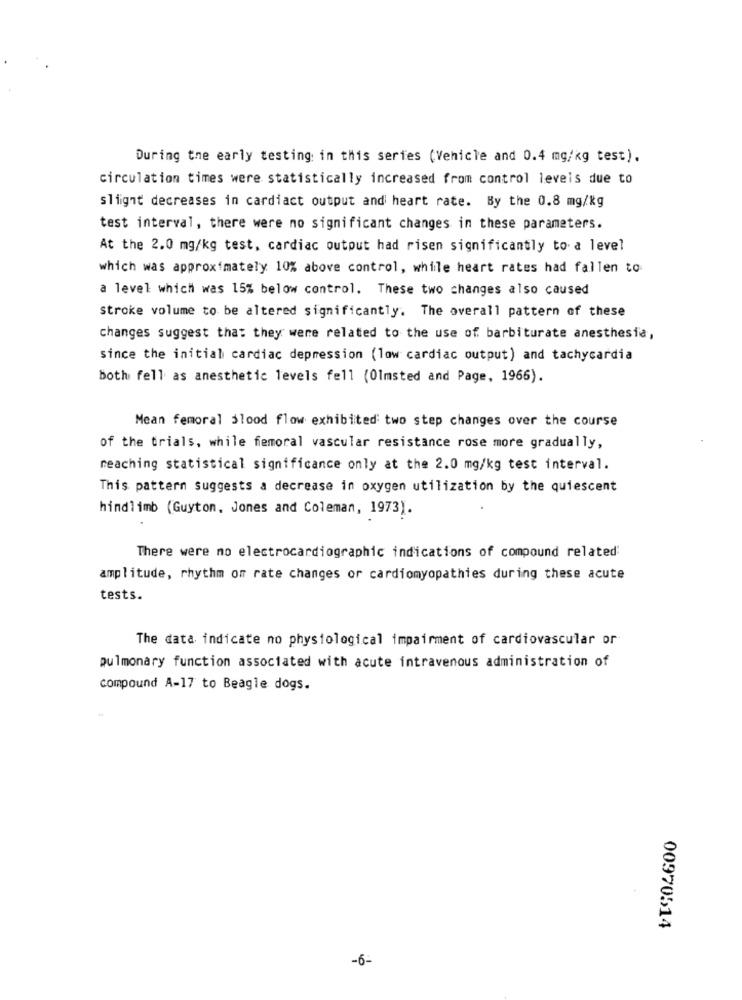
During the early testing in this series (Vehicle and 0.4 mg/kg test).
circulation times were statistically increased from control leveis due to
slight decreases in cardiact output and heart rate. By the 0.8 mg/kg
test interval, there were no significant changes in these parameters.
At the 2.0 mg/kg test, cardiac output had risen significantly to a level
which was approximately 10% above control, while heart rates had fallen to
a level which was 15% below control. These two changes also caused
Stroke volume to be altered significantly. The overall pattern of these
changes suggest that they were related to the use of barbiturate anesthesia,
since the initial cardiac depression (low cardiac output) and tachycardia
both fell as anesthetic levels fell (Olmsted and Page, 1966).
Mean femoral blood flow exhibited two step changes over the course
of the trials, while femoral vascular resistance rose more gradually,
reaching statistical significance only at the 2.0 mg/kg test interval.
This pattern suggests a decrease in oxygen utilization by the quiescent
hindlimb (Guyton, Jones and Coleman, 1973).
There were no electrocardiogramhic indications of compound related:
amplitude, rhythm om rate changes or cardiomyopathies during these acute
tests.
The data indicate no physiological impairment of cardiovascular or
pulmonary function associated with acute intravenous administration of
compound A-17 to Beagle dogs.
00970514
-6-